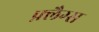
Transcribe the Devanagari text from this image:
फ़्लैग्स